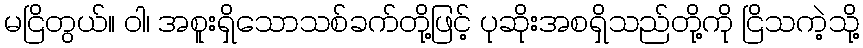
မငြိတွယ်။ ဝါ၊ အစူးရှိသောသစ်ခက်တို့ဖြင့် ပုဆိုးအစရှိသည်တို့ကို ငြိသကဲ့သို့